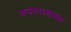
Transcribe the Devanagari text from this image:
वसंतरावांच्या